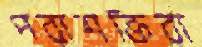
পরাশক্তিরা